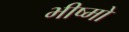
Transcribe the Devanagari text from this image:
भीष्मो